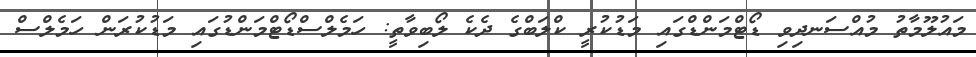
މައުލޫމާތު މުއްސަނދިވި ޑޯޓްމަންޑްގައި މަޑުކުރީ ކްލަބްގެ ދެކެ ލޯބިވާތީ: ހަމެލްސްޑޯޓްމަންޑުގައި މަޑުކުރަން ހަމެލްސް